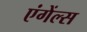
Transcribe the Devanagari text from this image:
एंगेंल्स